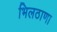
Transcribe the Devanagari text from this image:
भिलठाणा